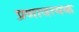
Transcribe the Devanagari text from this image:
प्रणावत्मक